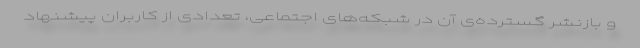
و بازنشر گسترده‌ی آن در شبکه‌های اجتماعی، تعدادی از کاربران پیشنهاد